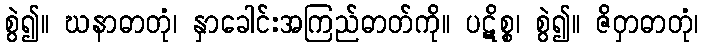
စွဲ၍။ ဃနာဓာတုံ၊ နှာခေါင်းအကြည်ဓာတ်ကို။ ပဋိစ္စ၊ စွဲ၍။ ဇိဝှာဓာတုံ၊